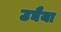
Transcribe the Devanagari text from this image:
उघैया